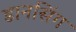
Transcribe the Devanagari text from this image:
डानसिंग